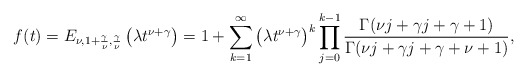
\begin{align*}f(t)=E_{\nu, 1+\frac{\gamma}{\nu}, \frac{\gamma}{\nu}} \left(\lambda t^{\nu+\gamma} \right) = 1+ \sum_{k=1}^{\infty}\left(\lambda t^{\nu+\gamma}\right)^k\prod_{j=0}^{k-1}\frac{\Gamma(\nu j+\gamma j +\gamma+1)}{\Gamma(\nu j+\gamma j+\gamma+\nu+1)},\end{align*}